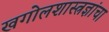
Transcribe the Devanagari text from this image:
खगोलशास्त्रज्ञांचा